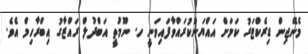
މެނޭޖިން ޑިރެކްޓަރު ކަމަށް އައްޔަންކުރައްވާފައިވަނީ ހ. ނޫމުތީ އަބްދުލް ރައްޒާގު އިބްރާހިމް އެވެ.